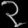
Digit: ၃